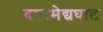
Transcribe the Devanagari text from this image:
दश्‍वमेद्यघाट